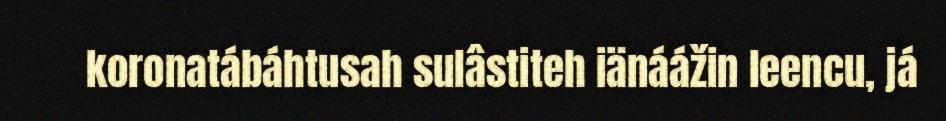
koronatábáhtusah sulâstiteh iänáážin leencu, já